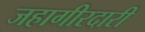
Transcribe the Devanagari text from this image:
जहागीरदारी